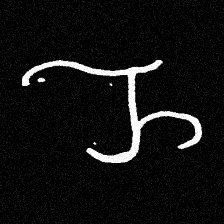
Pyu character \u2014 Myanmar letter: ည (romanized: nya)